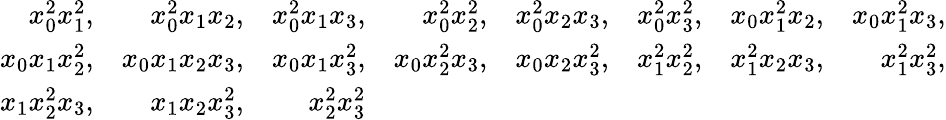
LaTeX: \begin{array}{rrrrrrrr}{x_{0}^{2}x_{1}^{2},}&{x_{0}^{2}x_{1}x_{2},}&{x_{0}^{2}x_{1}x_{3},}&{x_{0}^{2}x_{2}^{2},}&{x_{0}^{2}x_{2}x_{3},}&{x_{0}^{2}x_{3}^{2},}&{x_{0}x_{1}^{2}x_{2},}&{x_{0}x_{1}^{2}x_{3},}\\ {x_{0}x_{1}x_{2}^{2},}&{x_{0}x_{1}x_{2}x_{3},}&{x_{0}x_{1}x_{3}^{2},}&{x_{0}x_{2}^{2}x_{3},}&{x_{0}x_{2}x_{3}^{2},}&{x_{1}^{2}x_{2}^{2},}&{x_{1}^{2}x_{2}x_{3},}&{x_{1}^{2}x_{3}^{2},}\\ {x_{1}x_{2}^{2}x_{3},}&{x_{1}x_{2}x_{3}^{2},}&{x_{2}^{2}x_{3}^{2}}\end{array}